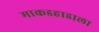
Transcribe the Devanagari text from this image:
माकडहाडाला